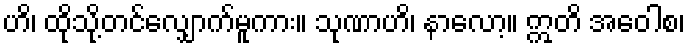
ဟိ၊ ထိုသို့တင်လျှောက်မူကား။ သုဏာဟိ၊ နာလော့။ ဣတိ အဝေါစ၊